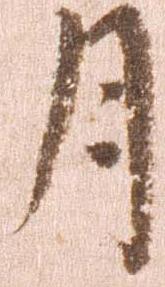
月